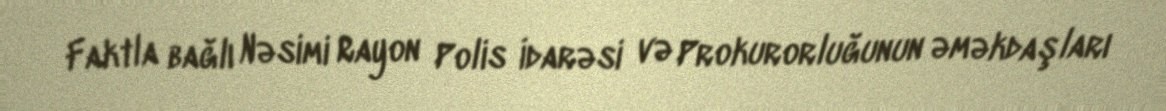
Faktla bağlı Nəsimi Rayon Polis İdarəsi və Prokurorluğunun əməkdaşları